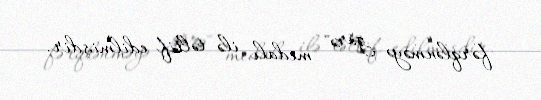
fərqlənməyə görə" medalı ilə təltif edilmişdir.